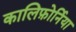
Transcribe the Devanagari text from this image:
कालिफ़ोर्निया